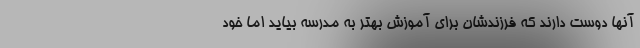
آنها دوست دارند که فرزندشان برای آموزش بهتر به مدرسه بیاید اما خود